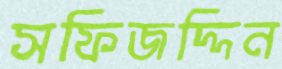
সফিজদ্দিন